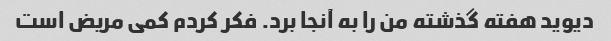
دیوید هفته گذشته من را به آنجا برد. فکر کردم کمی مریض است